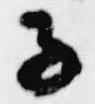
子